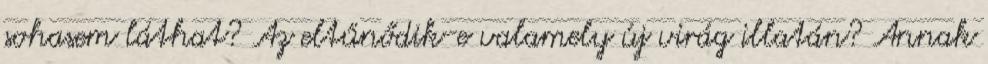
sohasem láthat? Az eltűnődik-e valamely új virág illatán? Annak